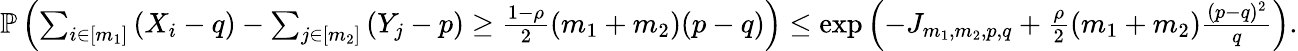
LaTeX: \begin{array}{r}{\mathbb{P}\left(\sum_{i\in[m_{1}]}\left(X_{i}-q\right)-\sum_{j\in[m_{2}]}\left(Y_{j}-p\right)\geq\frac{1-\rho}{2}\left(m_{1}+m_{2}\right)(p-q)\right)\leq\exp\left(-J_{m_{1},m_{2},p,q}+\frac{\rho}{2}\left(m_{1}+m_{2}\right)\frac{(p-q)^{2}}{q}\right).}\end{array}